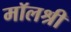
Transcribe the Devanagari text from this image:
मॉलश्री